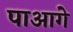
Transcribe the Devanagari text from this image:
पाआगे